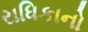
રાધિકાનો